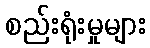
စည်းရုံးမှုများ